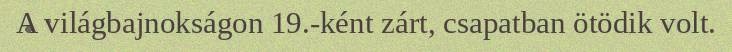
A világbajnokságon 19.-ként zárt, csapatban ötödik volt.